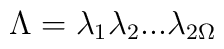
\Lambda= \lambda_1 \lambda_2 ... \lambda_{2\Omega}